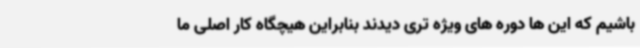
باشیم که این ها دوره های ویژه تری دیدند بنابراین هیچگاه کار اصلی ما